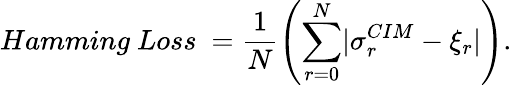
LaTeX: Hamming\ Loss\ =\frac{1}{N}\left(\sum_{r=0}^{N}\lvert\sigma_{r}^{CIM}-\xi_{r}\rvert\right).